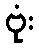
ဗုံး